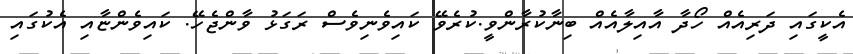
އެކީގައި ދަރިއެއް ހޯދާ އާއިލާއެއް ބިނާކުރާންވީ.ކުރެވޭ ކައިވެނިވެސް ރަގަޅު ވާންޖެހޭ. ކައިވެންޏާއި އެކުގައި